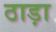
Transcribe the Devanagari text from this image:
ठाड़ा